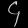
Digit: ၄